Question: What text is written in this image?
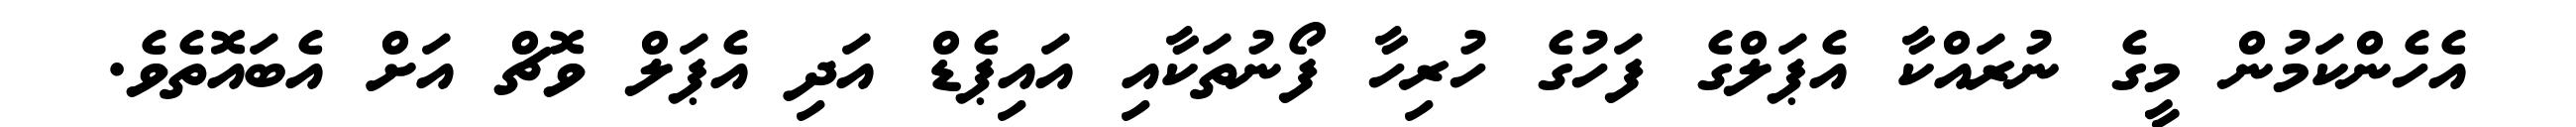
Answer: އެހެންކަމުން މީގެ ނުރައްކާ އެޕަލްގެ ފަހުގެ ހުރިހާ ފޯނުތަކާއި އައިޕެޑް އަދި އެޕަލް ވޮޗް އަށް އެބައޮތެވެ.